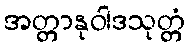
အတ္တာနုဝါဒသုတ္တံ